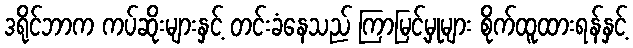
ဒရိုင်ဘာက ကပ်ဆိုးများနှင့် တင်းခံနေသည် ကြာမြင့်မှုများ စိုက်ထူထားရန်နှင့်